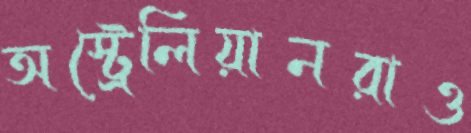
অস্ট্রেলিয়ানরাও